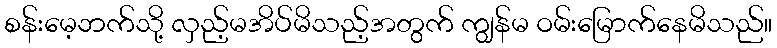
စန်းမေ့ဘက်သို့ လှည့်မအိပ်မိသည့်အတွက် ကျွန်မ ဝမ်းမြောက်နေမိသည်။